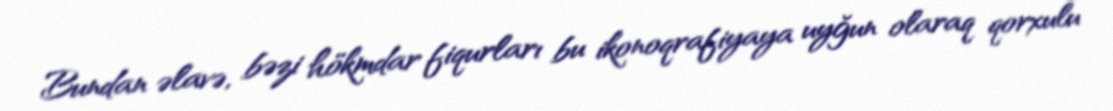
Bundan əlavə, bəzi hökmdar fiqurları bu ikonoqrafiyaya uyğun olaraq qorxulu